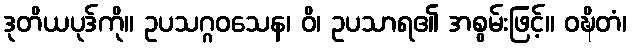
ဒုတိယပုဒ်ကို။ ဥပသဂ္ဂဝသေန၊ ဝိ၊ ဥပသာရ၏ အစွမ်းဖြင့်။ ဝဍ္ဎိတံ၊